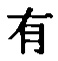
有